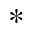
^ *